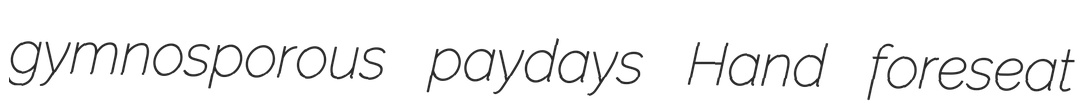
gymnosporous paydays Hand foreseat